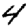
Digit: 4